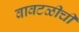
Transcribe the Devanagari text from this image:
वावटळीची